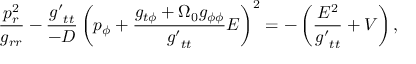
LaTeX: \frac { p _ { r } ^ { 2 } } { g _ { r r } } - \frac { { g ^ { \prime } } _ { t t } } { - \cal D } \left( p _ { \phi } + \frac { g _ { t \phi } + \Omega _ { 0 } g _ { \phi \phi } } { { g ^ { \prime } } _ { t t } } E \right) ^ { 2 } = - \left( \frac { E ^ { 2 } } { { g ^ { \prime } } _ { t t } } + V \right) ,